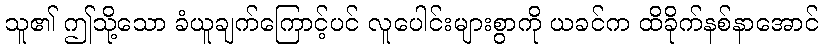
သူ၏ ဤသို့သော ခံယူချက်ကြောင့်ပင် လူပေါင်းများစွာကို ယခင်က ထိခိုက်နစ်နာအောင်